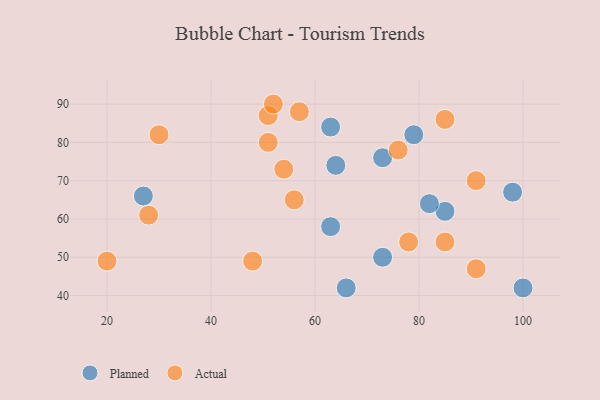
{"axis": {"x": "GDP", "y": "Life Expectancy"}, "legend": ["Actual", "Planned"], "data": [{"x": "66", "y": 42, "type": "Planned"}, {"x": "73", "y": 76, "type": "Planned"}, {"x": "27", "y": 66, "type": "Planned"}, {"x": "64", "y": 74, "type": "Planned"}, {"x": "79", "y": 82, "type": "Planned"}, {"x": "98", "y": 67, "type": "Planned"}, {"x": "85", "y": 62, "type": "Planned"}, {"x": "82", "y": 64, "type": "Planned"}, {"x": "63", "y": 58, "type": "Planned"}, {"x": "73", "y": 50, "type": "Planned"}, {"x": "100", "y": 42, "type": "Planned"}, {"x": "63", "y": 84, "type": "Planned"}, {"x": "91", "y": 70, "type": "Actual"}, {"x": "51", "y": 87, "type": "Actual"}, {"x": "57", "y": 88, "type": "Actual"}, {"x": "85", "y": 54, "type": "Actual"}, {"x": "52", "y": 90, "type": "Actual"}, {"x": "78", "y": 54, "type": "Actual"}, {"x": "28", "y": 61, "type": "Actual"}, {"x": "20", "y": 49, "type": "Actual"}, {"x": "30", "y": 82, "type": "Actual"}, {"x": "51", "y": 80, "type": "Actual"}, {"x": "85", "y": 86, "type": "Actual"}, {"x": "91", "y": 47, "type": "Actual"}, {"x": "76", "y": 78, "type": "Actual"}, {"x": "56", "y": 65, "type": "Actual"}, {"x": "48", "y": 49, "type": "Actual"}, {"x": "54", "y": 73, "type": "Actual"}]}